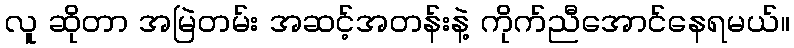
လူ ဆိုတာ အမြဲတမ်း အဆင့်အတန်းနဲ့ ကိုက်ညီအောင်နေရမယ်။